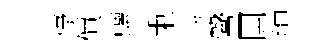
停價螭秉寺鞶国緇